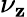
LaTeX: \nu_{\mathbf{z}}